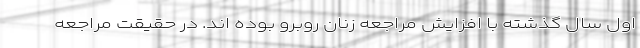
اول سال گذشته با افزایش مراجعه زنان روبرو بوده اند. در حقیقت مراجعه